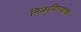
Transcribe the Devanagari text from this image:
मिळाविण्याचा